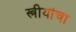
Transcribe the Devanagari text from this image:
स्त्रीयांचा